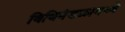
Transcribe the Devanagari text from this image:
विधिमंडळामध्‍ये